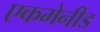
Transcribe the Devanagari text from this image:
एकमेनीड